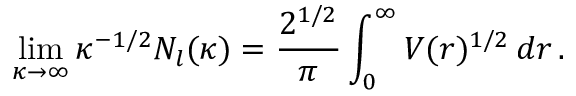
\operatorname* { l i m } _ { \kappa \to \infty } \kappa ^ { - 1 / 2 } N _ { l } ( \kappa ) = \frac { 2 ^ { 1 / 2 } } { \pi } \int _ { 0 } ^ { \infty } V ( r ) ^ { 1 / 2 } \, d r \, .